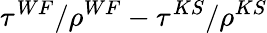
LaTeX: \tau^{WF}/\rho^{WF}-\tau^{KS}/\rho^{KS}